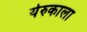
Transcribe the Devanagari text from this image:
येरुकाला